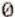
0